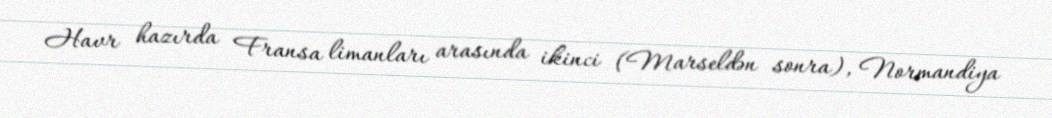
Havr hazırda Fransa limanları arasında ikinci (Marseldən sonra), Normandiya